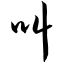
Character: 叫